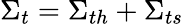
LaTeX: {{\Sigma}_{t}}={{\Sigma}_{th}}+{{\Sigma}_{ts}}